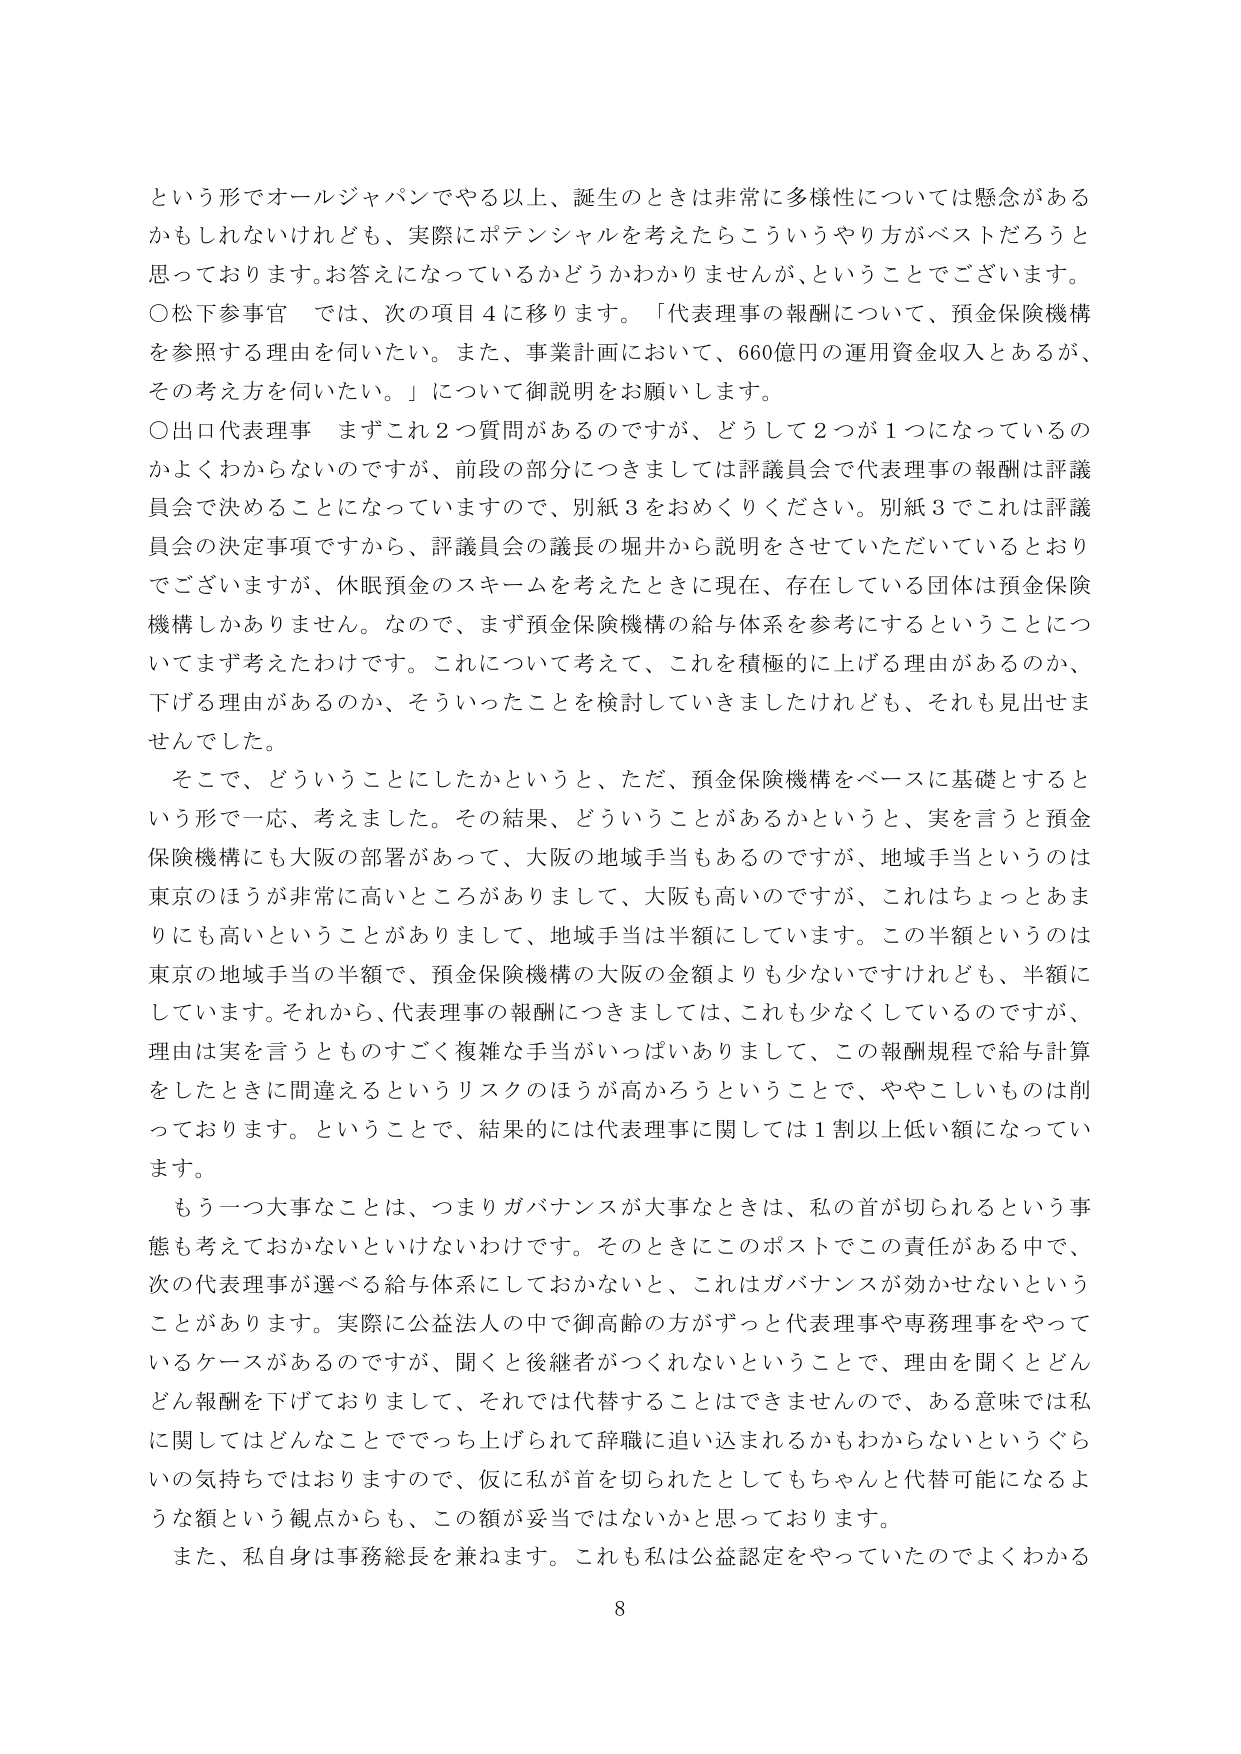
という形でオールジャパンでやる以上、誕生のときは非常に多様性については懸念があるかもしれないけれども、実際にポテンシャルを考えたらこういうやり方がベストだろうと思っております。お答えになっているかどうかわかりませんが、ということでございます。

○松下参事官　では、次の項目４に移ります。「代表理事の報酬について、預金保険機構を参照する理由を伺いたい。また、事業計画において、660億円の運用資金収入とあるが、その考え方を伺いたい。」について御説明をお願いします。

○出口代表理事　まずこれ２つ質問があるのですが、どうして２つが１つになっているのかよくわからないのですが、前段の部分につきましては評議員会で代表理事の報酬は評議員会で決めることになっていますので、別紙３をおめくりください。別紙３でこれは評議員会の決定事項ですから、評議員会の議長の堀井から説明をさせていただいているとおりでございますが、休眠預金のスキームを考えたときに現在、存在している団体は預金保険機構しかありません。なので、まず預金保険機構の給与体系を参考にするということについてまず考えたわけです。これについて考えて、これを積極的に上げる理由があるのか、下げる理由があるのか、そういったことを検討していきましたけれども、それも見出せませんでした。

そこで、どういうことにしたかというと、ただ、預金保険機構をベースに基礎とするという形で一応、考えました。その結果、どういうことがあるかというと、実を言うと預金保険機構にも大阪の部署があって、大阪の地域手当もあるのですが、地域手当というのは東京のほうが非常に高いところがありまして、大阪も高いのですが、これはちょっとあまりにも高いということがありまして、地域手当は半額にしています。この半額というのは東京の地域手当の半額で、預金保険機構の大阪の金額よりも少ないですけれども、半額にしています。それから、代表理事の報酬につきましては、これも少なくなっているのですが、理由は実を言うとものすごく複雑な手当がいっぱいありまして、この報酬規程で給与計算をしたときに間違えるというリスクのほうが高かろうということで、ややこしいものは削っております。ということで、結果的には代表理事に関しては１割以上低い額になっています。

もう一つ大事なことは、つまりガバナンスが大事なときは、私の首が切られるという事態も考えておかなければならないわけです。そのときにこのポストでこの責任がある中で、次の代表理事が選べる給与体系にしておかないと、これはガバナンスが効かせないということがあります。実際に公益法人の中で御高齢の方がずっと代表理事や専務理事をやっているケースがあるのですが、聞くと後継者がつくれないということで、理由を聞くとどんどん報酬を下げておりまして、それでは代替することはできませんので、ある意味では私に関してはどんなことでつち上げられて辞職に追い込まれるかもわからないというぐらいの気持ちではおりますので、仮に私が首を切られたとしてもちゃんと代替可能になるような額という観点からも、この額が妥当ではないかと思っております。

また、私自身は事務総長を兼ねます。これも私は公益認定をやっていたのでよくわかる

8